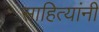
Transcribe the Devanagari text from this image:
साहित्यांनी